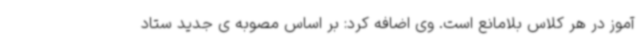
آموز در هر کلاس بلامانع است.‌ وی اضافه کرد: بر اساس مصوبه ی جدید ستاد